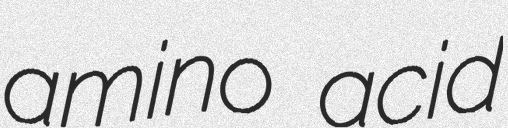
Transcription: amino acid